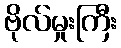
ဗိုလ်မှုးကြီး